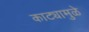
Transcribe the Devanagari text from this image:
काट्यामुळे